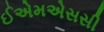
ઈએમએસસી